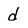
Character: d